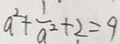
a ^ { 2 } + \frac { 1 } { a ^ { 2 } } + 2 = 9